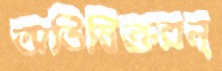
অভিষিক্তরন্